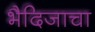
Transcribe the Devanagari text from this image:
भैदिजाचा